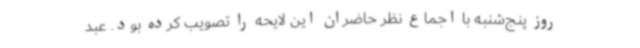
روز پنج‌شنبه با اجماع نظر حاضران این لایحه را تصویب کرده بود. عبد